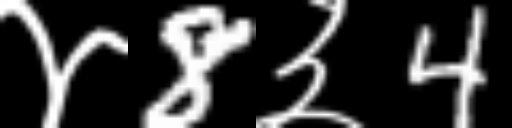
Text: ४8३4